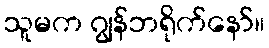
သူမက ဂျွန်ဘရိုက်နော်။